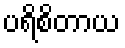
ပရိစိတာယ